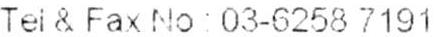
TEI & FAX NO : 03-6258 7191